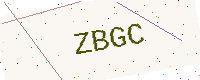
Text: ZBGC